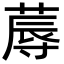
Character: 蓐